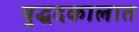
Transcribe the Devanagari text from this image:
युद्धदकालात